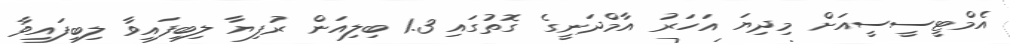
އެމްޓީސީސީއަށް މިދިޔަ އަހަރު އާމްދަނީގެ ގޮތުގައި 1.3 ބިލިއަން ރުފިޔާ ލިބިފައިވާ ލިބިފައިވާ